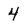
Character: 4